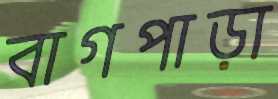
বাগপাড়া